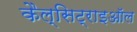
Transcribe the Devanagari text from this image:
कैल्सिट्राइऑल